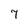
Character: 7